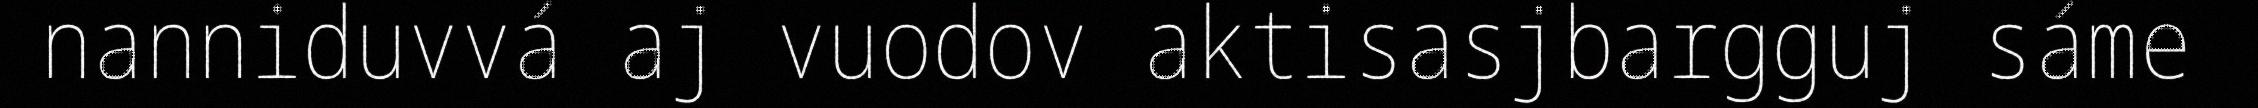
nanniduvvá aj vuodov aktisasjbargguj sáme